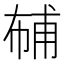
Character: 𱜮